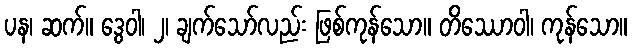
ပန၊ ဆက်။ ဒွေဝါ၊ ၂၊ ချက်သော်လည်း ဖြစ်ကုန်သော။ တိဿောဝါ၊ ကုန်သော။